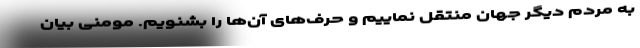
به مردم دیگر جهان منتقل نماییم و حرف‌های آن‌ها را بشنویم. مومنی بیان